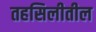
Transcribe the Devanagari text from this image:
तहसिलीतील